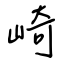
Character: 崎